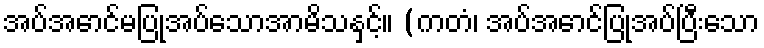
အပ်အောင်မပြုအပ်သောအာမိသနှင့်။ (ကတံ၊ အပ်အောင်ပြုအပ်ပြီးသော